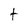
Character: t